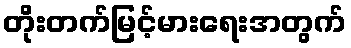
တိုးတက်မြင့်မားရေးအတွက်